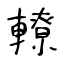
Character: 轑